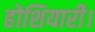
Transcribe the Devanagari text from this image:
होशियारी।